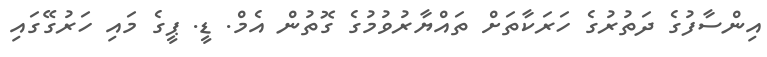
އިންސާފުގެ ދަތުރުގެ ހަރަކާތަށް ތައްޔާރުވުމުގެ ގޮތުން އެމް. ޑީ. ޕީގެ މައި ހަރުގޭގައި